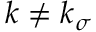
\boldsymbol { k } \neq \boldsymbol { k } _ { \sigma }